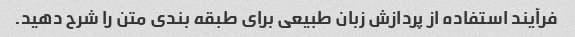
فرآیند استفاده از پردازش زبان طبیعی برای طبقه بندی متن را شرح دهید.